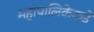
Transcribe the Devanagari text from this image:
महापालिकेकडे